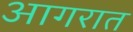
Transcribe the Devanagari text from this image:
आगरात